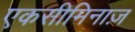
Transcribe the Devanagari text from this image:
एकसीमिनाज़